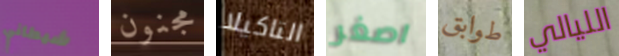
شيطاني مجنون التاكيلا اصغر طوابق الليالي